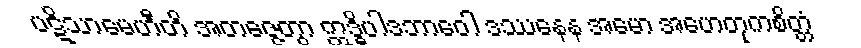
ပဋိသာမေဟီတိ အတဇ္ဇေတွာ ဣဒ္ဓိပါဒဘာဝေါ ဒဿနေန အမော အဟေတုကစိတ္တံ